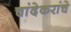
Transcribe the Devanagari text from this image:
चांदेकरांचे